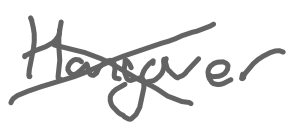
Text: Hangover
Cross-out: cross
Writing tool: digital_gray